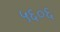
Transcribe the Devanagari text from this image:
५६०६